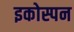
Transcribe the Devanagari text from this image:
इकोस्पन